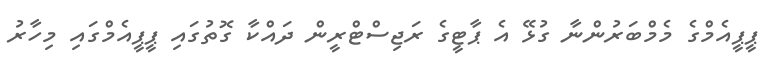
ޕީޕީއެމްގެ މެމްބަރުންނާ ގުޅޭ އެ ޕާޓީގެ ރަޖިސްޓްރީން ދައްކާ ގޮތުގައި ޕީޕީއެމްގައި މިހާރު